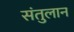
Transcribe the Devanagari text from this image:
संतुलान